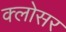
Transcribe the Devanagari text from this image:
क्लोसर